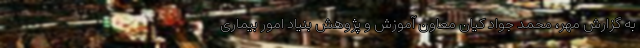
به گزارش مهر، محمد جواد کیان معاون آموزش و پژوهش بنیاد امور بیماری